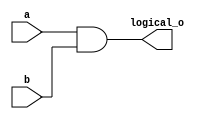
module logical (
    input[1:0] a,
    input[1:0] b,
    output logical_o // note this will always need just one bit
);
    assign logical_o = a && b;
endmodule